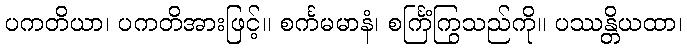
ပကတိယာ၊ ပကတိအားဖြင့်။ စင်္ကမမာနံ၊ စင်္ကြံကြွသည်ကို။ ပဿန္တိယထာ၊